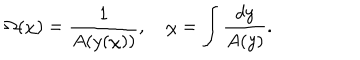
\Omega ( \chi ) = \frac { 1 } { A ( y ( \chi ) ) } , \hspace { 1 e m } \chi = \int \frac { d y } { A ( y ) } .